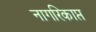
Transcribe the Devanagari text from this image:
नागरिकाप्त